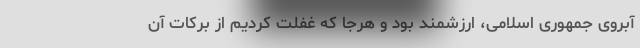
آبروی جمهوری اسلامی، ارزشمند بود و هرجا که غفلت کردیم از برکات آن